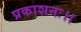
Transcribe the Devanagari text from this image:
प्रकाशनः।।